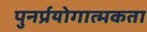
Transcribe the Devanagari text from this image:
पुनर्प्रयोगात्मकता